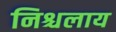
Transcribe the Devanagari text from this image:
निश्चलाय